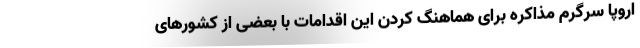
اروپا سرگرم مذاکره برای هماهنگ کردن این اقدامات با بعضی از کشورهای